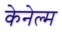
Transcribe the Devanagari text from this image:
केनेल्म